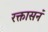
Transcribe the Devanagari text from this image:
रक्तासनं